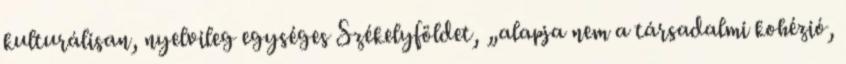
kulturálisan, nyelvileg egységes Székelyföldet, „alapja nem a társadalmi kohézió,